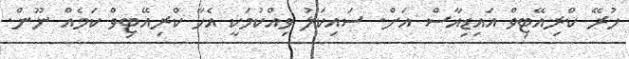
ހުރޭ ކްރިއޭޓިވް އައިޑިއާސް އަށް. ސައިކަލު ވިއްކުމަކީ އެހާ ކްރިއޭޓިވް ކަމެއް ނޫން.